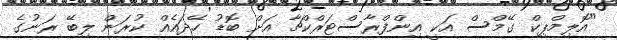
"އޮލިމްޕިކް ގޭމްސް އަކީ އިންފްރާސްޓަރްކްޗާ އަށް ބޮޑު ހޭދައެއް ކުރަން ލިބޭ ރަނުގެ